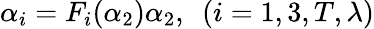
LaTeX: \alpha_{i}=F_{i}(\alpha_{2})\alpha_{2},~~(i=1,3,T,\lambda)